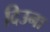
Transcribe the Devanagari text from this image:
दिउना